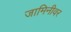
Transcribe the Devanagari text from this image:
जामिनीवर